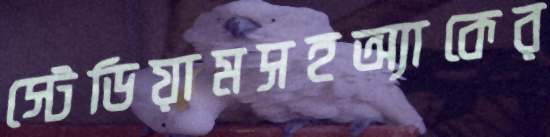
স্টেডিয়ামসহঅ্যাকের